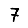
Digit: 7